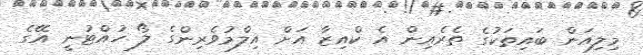
މިލިއަން ބައިތަކުގެ ތެރެއިން އެ ކްއިޒާ އަށް އިލްމުވެރިންގެ ލޯ ހުއްޓުނީ އޭގެ